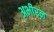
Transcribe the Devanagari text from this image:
अभीरन